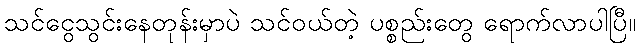
သင်ငွေသွင်းနေတုန်းမှာပဲ သင်ဝယ်တဲ့ ပစ္စည်းတွေ ရောက်လာပါပြီ။